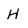
Character: H